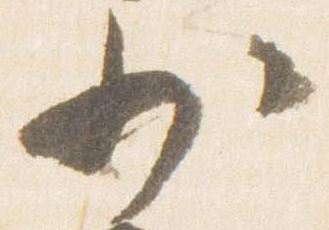
少